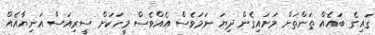
ގައިގެ ބައެއް ތަންތަން މަށައިގެން ދިޔަ ނަމަވެސް އެއްވެސް މީހަކަށް ސީރިއަސް އަނިޔާއެއް